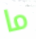
ما